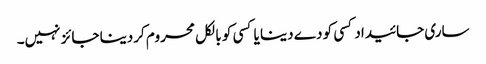
ساری جائیداد کسی کو دے دینا یا کسی کو بالکل محروم کردینا جائز نہیں۔